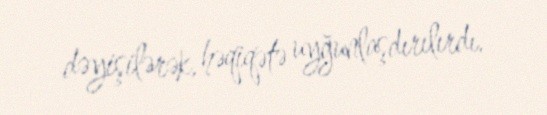
dəyişilərək, həqiqətə uyğunlaşdırılırdı.